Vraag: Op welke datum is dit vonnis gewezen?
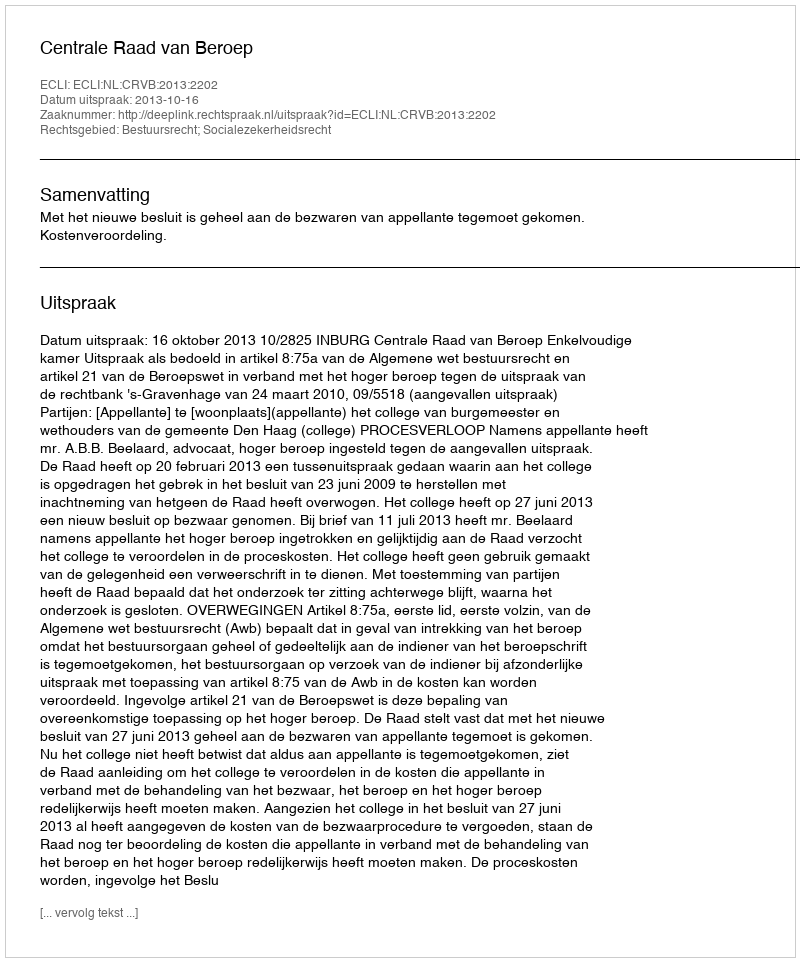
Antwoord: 2013-10-16